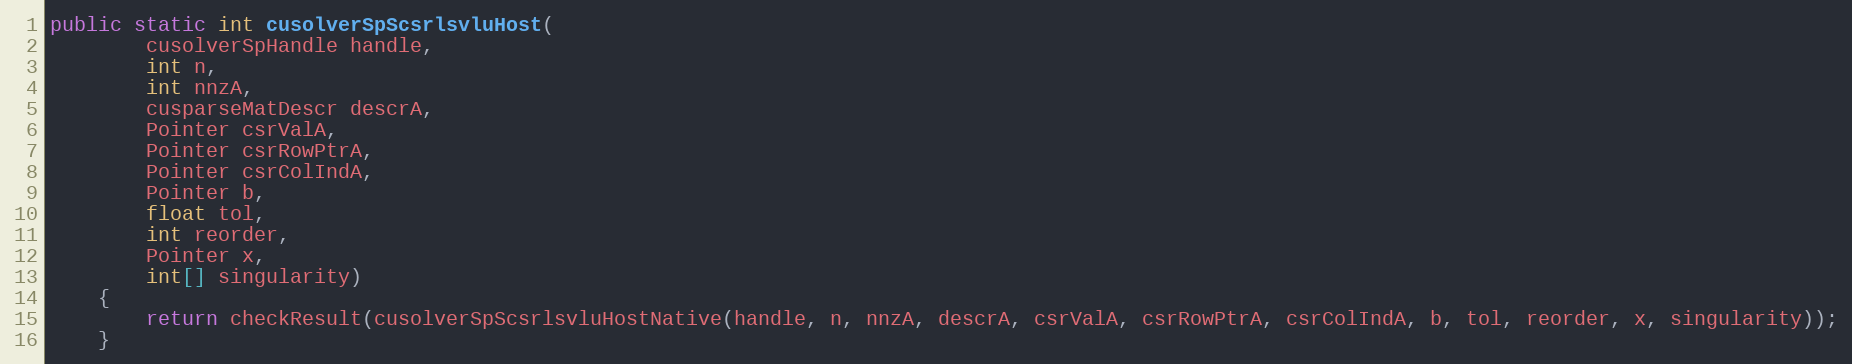
Language: Java
public static int cusolverSpScsrlsvluHost(
        cusolverSpHandle handle,
        int n,
        int nnzA,
        cusparseMatDescr descrA,
        Pointer csrValA,
        Pointer csrRowPtrA,
        Pointer csrColIndA,
        Pointer b,
        float tol,
        int reorder,
        Pointer x,
        int[] singularity)
    {
        return checkResult(cusolverSpScsrlsvluHostNative(handle, n, nnzA, descrA, csrValA, csrRowPtrA, csrColIndA, b, tol, reorder, x, singularity));
    }